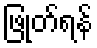
ဖြုတ်ရန်